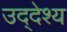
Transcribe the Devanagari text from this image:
उद्‌देश्‍य